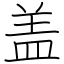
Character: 盖